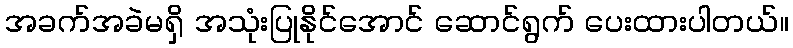
အခက်အခဲမရှိ အသုံးပြုနိုင်အောင် ဆောင်ရွက် ပေးထားပါတယ်။